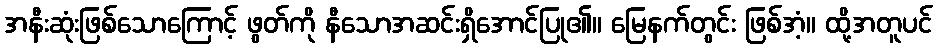
အနီးဆုံးဖြစ်သောကြောင့် ဖွတ်ကို နီသောအဆင်းရှိအောင်ပြု၏။ မြေနက်တွင်း ဖြစ်အံ့။ ထို့အတူပင်